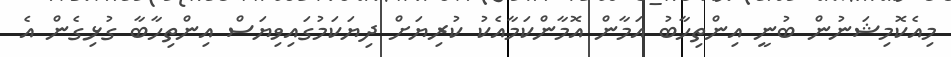
މިއެކޮމިޝަނުން ބުނީ އިންތިހާބު އަމާން އޮމާންކަމާއެކު ކުރިޔަށް ދިޔަކަމުގައިވިޔަސް އިންތިހާބާ ގުޅިގެން އެ